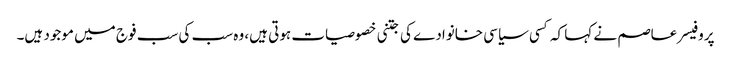
پروفیسر عاصم نے کہا کہ کسی سیاسی خانوادے کی جتنی خصوصیات ہوتی ہیں، وہ سب کی سب فوج میں موجود ہیں۔